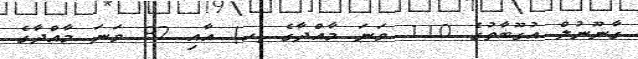
ގާނޫނުލް އުގޫބާތުގެ 110 ވަނަ މާއްދާގެ (ހ) އާއި 82 ވަނަ މާއްދާގެ